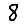
Digit: 8